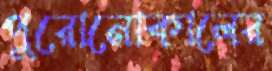
পুরোনোকালের